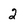
Character: 2